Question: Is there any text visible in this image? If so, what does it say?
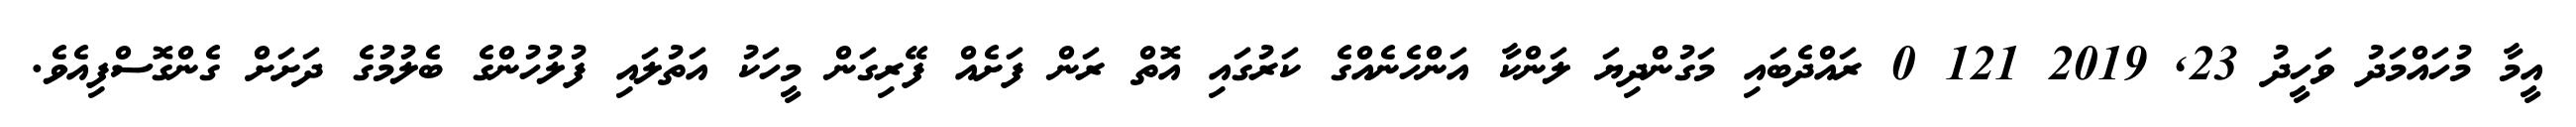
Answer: އީމާ މުހައްމަދު ވަހީދު 23, 2019 121 0 ރައްދެބައި މަގުންދިޔަ ލަންކާ އަންހެނެއްގެ ކަރުގައި އޮތް ރަން ފަށެއް ފޭރިގަން މީހަކު އަތުލައި ފުލުހުންގެ ބެލުމުގެ ދަށަށް ގެންގޮސްފިއެވެ.